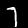
Digit: 7